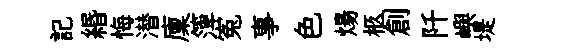
記緡悔潜廩𥱼寃事色煬柩創阡嶼堤